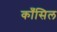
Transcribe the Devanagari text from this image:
काँसिल